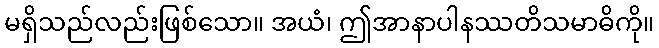
မရှိသည်လည်းဖြစ်သော။ အယံ၊ ဤအာနာပါနဿတိသမာဓိကို။